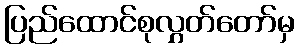
ပြည်ထောင်စုလွှတ်တော်မှ